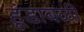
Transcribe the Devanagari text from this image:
हूंडाबळी